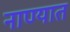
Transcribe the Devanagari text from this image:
नाण्यात